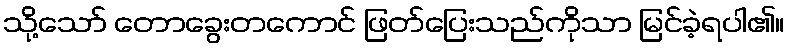
သို့သော် တောခွေးတကောင် ဖြတ်ပြေးသည်ကိုသာ မြင်ခဲ့ရပါ၏။